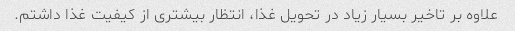
علاوه بر تاخیر بسیار زیاد در تحویل غذا، انتظار بیشتری از کیفیت غذا داشتم.